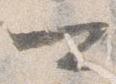
可